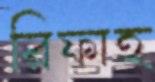
রিফাহ